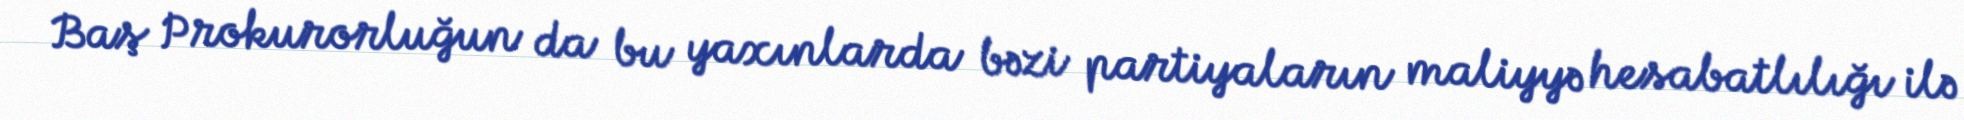
Baş Prokurorluğun da bu yaxınlarda bəzi partiyaların maliyyə hesabatlılığı ilə